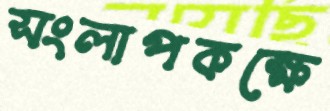
সংলাপকক্ষে